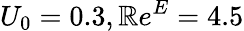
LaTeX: U_{0}=0.3,\mathbb{R}e^{E}=4.5